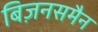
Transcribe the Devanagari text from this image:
बिज़नसमैन